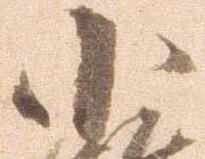
小